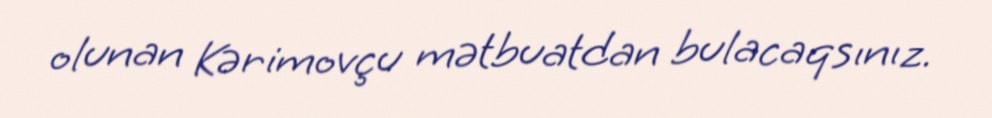
olunan Kərimovçu mətbuatdan bulacaqsınız.